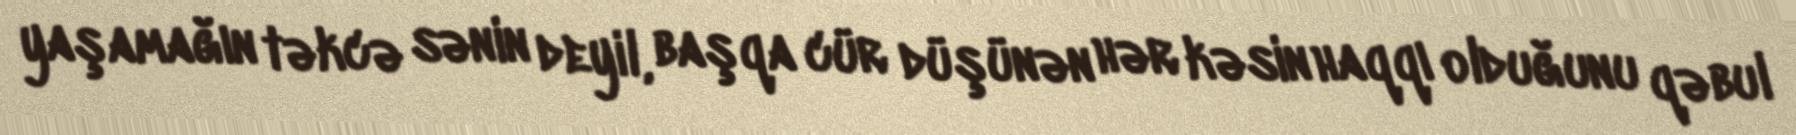
yaşamağın təkcə sənin deyil, başqa cür düşünən hər kəsin haqqı olduğunu qəbul